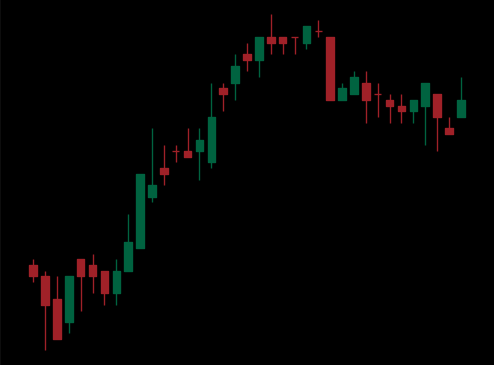
Pattern: bear_flag